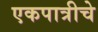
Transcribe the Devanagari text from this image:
एकपात्रीचे